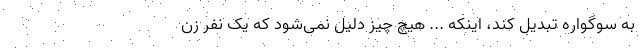
به سوگواره تبدیل کند، اینکه ... هیچ چیز دلیل نمی‌شود که یک نفر زن